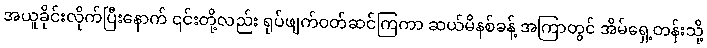
အယူခိုင်းလိုက်ပြီးနောက် ၎င်းတို့လည်း ရုပ်ဖျက်ဝတ်ဆင်ကြကာ ဆယ်မိနစ်ခန့် အကြာတွင် အိမ်ရှေ့တန်းသို့